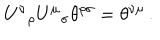
LaTeX: U ^ { \nu } { } _ { \rho } U ^ { \mu } { } _ { \sigma } \theta ^ { \rho \sigma } = \theta ^ { \nu \mu } \, .